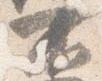
不